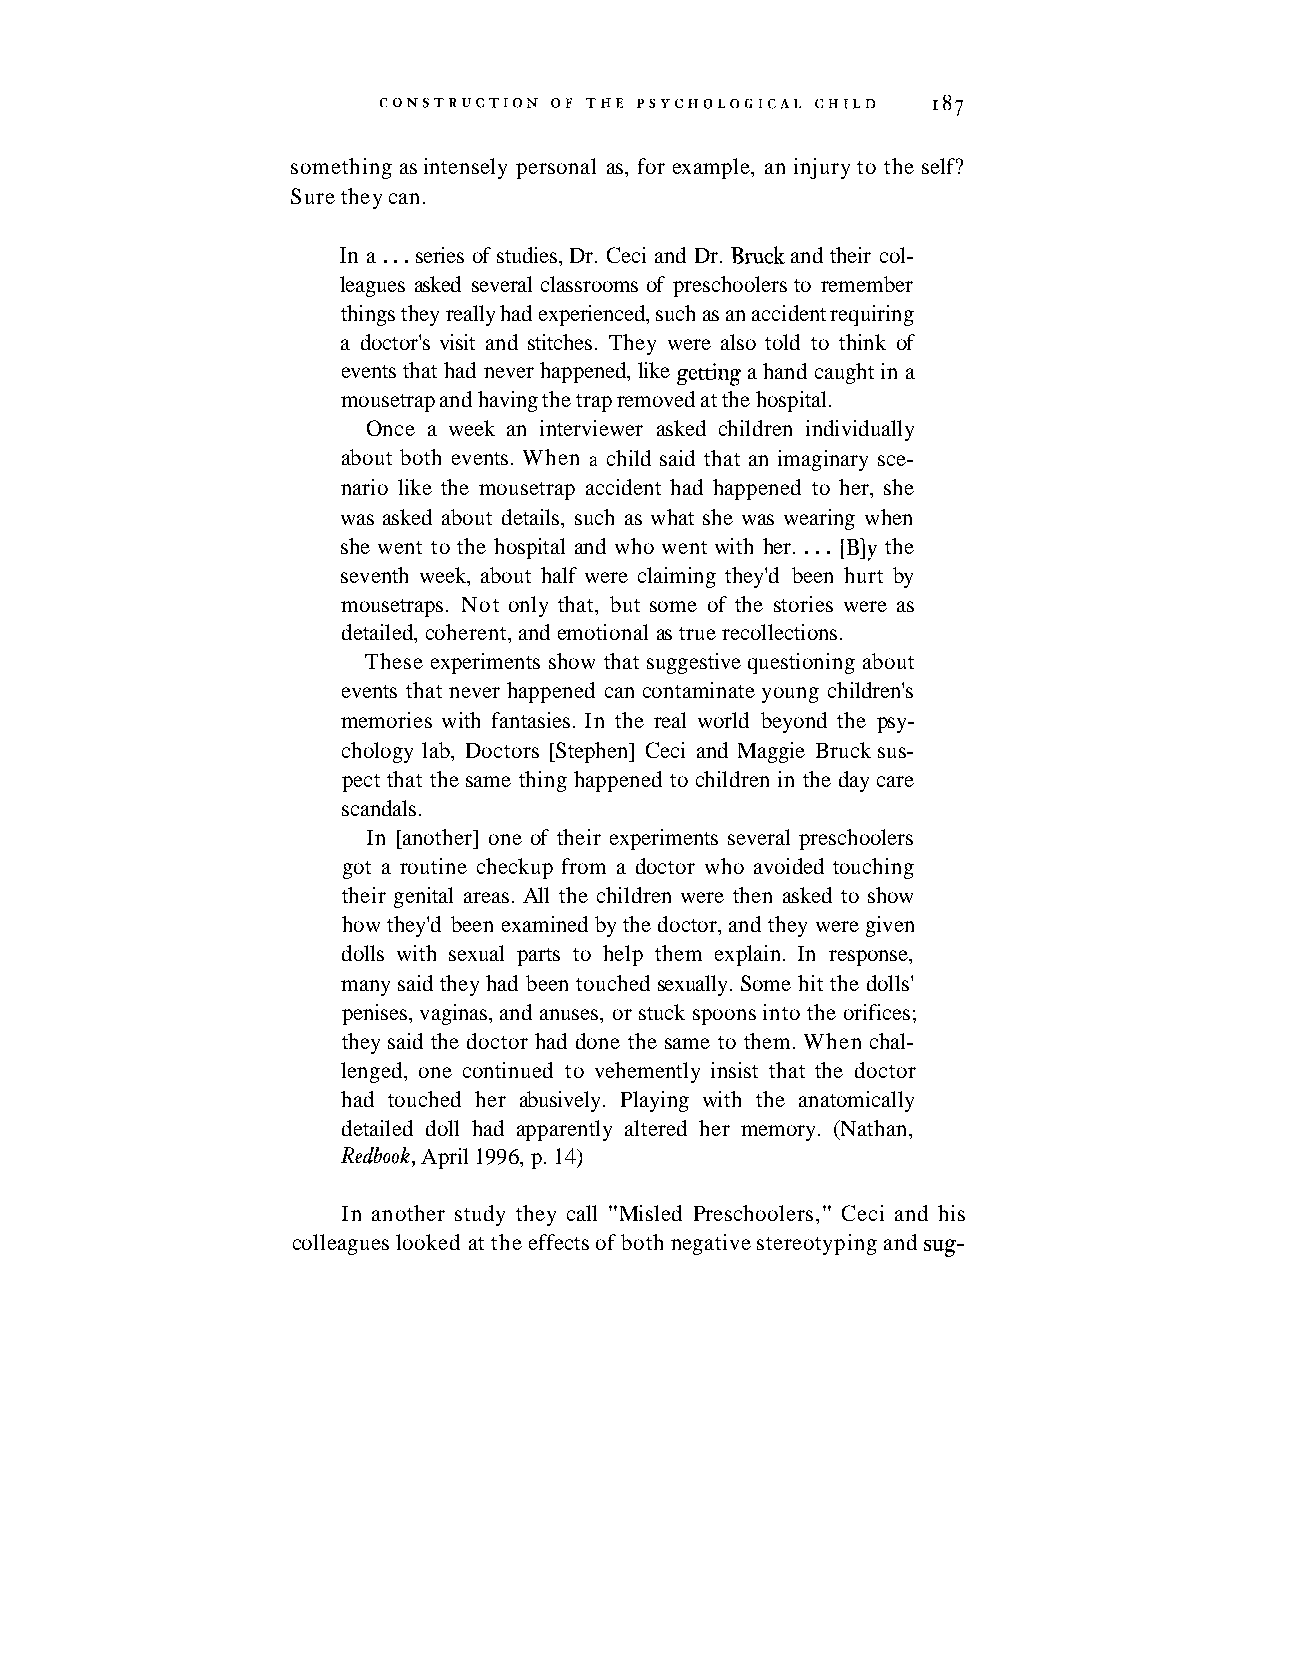
something as intensely personal as, for example, an injury to the self?
 Sure they can.
 In a . . . series of studies, Dr. Ceci and Dr. Bruck and their col-
 leagues asked several classrooms of preschoolers to remember
 things they really had experienced, such as an accident requiring
 a doctor's visit and stitches. They were also told to think of
 events that had never happened, like getting a hand caught in a
 mousetrap and having the trap removed at the hospital.
 Once a week an interviewer asked children individually
 about both events. When a child said that an imaginary sce-
 nario like the mousetrap accident had happened to her, she
 was asked about details, such as what she was wearing when
 she went to the hospital and who went with her. . . . [B]y the
 seventh week, about half were claiming they'd been hurt by
 mousetraps. Not only that, but some of the stories were as
 detailed, coherent, and emotional as true recollections.
 These experiments show that suggestive questioning about
 events that never happened can contaminate young children's
 memories with fantasies. In the real world beyond the psy-
 chology lab, Doctors [Stephen] Ceci and Maggie Bruck sus-
 pect that the same thing happened to children in the day care
 scandals.
 In [another] one of their experiments several preschoolers
 got a routine checkup from a doctor who avoided touching
 their genital areas. All the children were then asked to show
 how they'd been examined by the doctor, and they were given
 dolls with sexual parts to help them explain. In response,
 many said they had been touched sexually. Some hit the dolls'
 penises, vaginas, and anuses, or stuck spoons into the orifices;
 they said the doctor had done the same to them. When chal-
 lenged, one continued to vehemently insist that the doctor
 had touched her abusively. Playing with the anatomically
 detailed doll had apparently altered her memory. (Nathan,
 Redbook, April 1996, p. 14)
 In another study they call "Misled Preschoolers," Ceci and his
 colleagues looked at the effects of both negative stereotyping and sug-